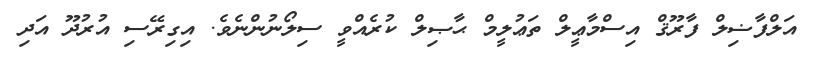
އަލްފާޟިލް ފާރޫޤް އިސްމާޢީލް ތަޢުލީމް ޙާޞިލް ކުރެއްވީ ސިލޯނުންނެވެ. އިގިރޭސި އުރުދޫ އަދި